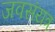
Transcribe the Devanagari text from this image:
जवसंयत्र